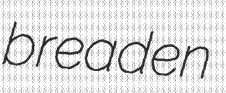
breaden